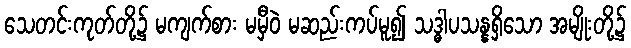
သေတင်းကုတ်တို့၌ မကျက်စား မမှီဝဲ မဆည်းကပ်မူ၍ သဒ္ဓါပသန္နရှိသော အမျိုးတို့၌